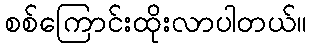
စစ်ကြောင်းထိုးလာပါတယ်။